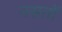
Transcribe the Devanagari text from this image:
नसतों